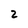
Character: 2